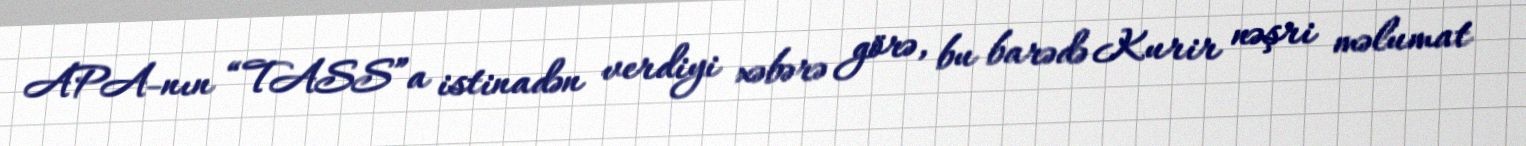
APA-nın “TASS”a istinadən verdiyi xəbərə görə, bu barədə Kurir nəşri məlumat